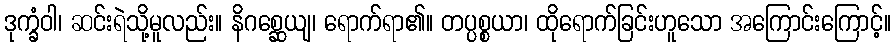
ဒုက္ခံဝါ၊ ဆင်းရဲသို့မူလည်း။ နိဂစ္ဆေယျ၊ ရောက်ရာ၏။ တပ္ပစ္စယာ၊ ထိုရောက်ခြင်းဟူသော အကြောင်းကြောင့်။